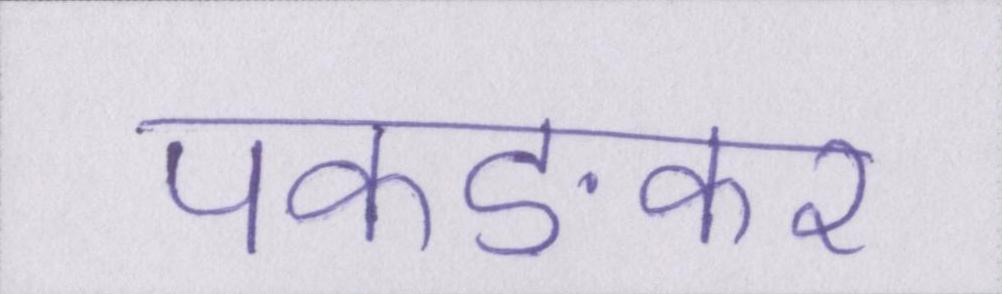
पकङकर